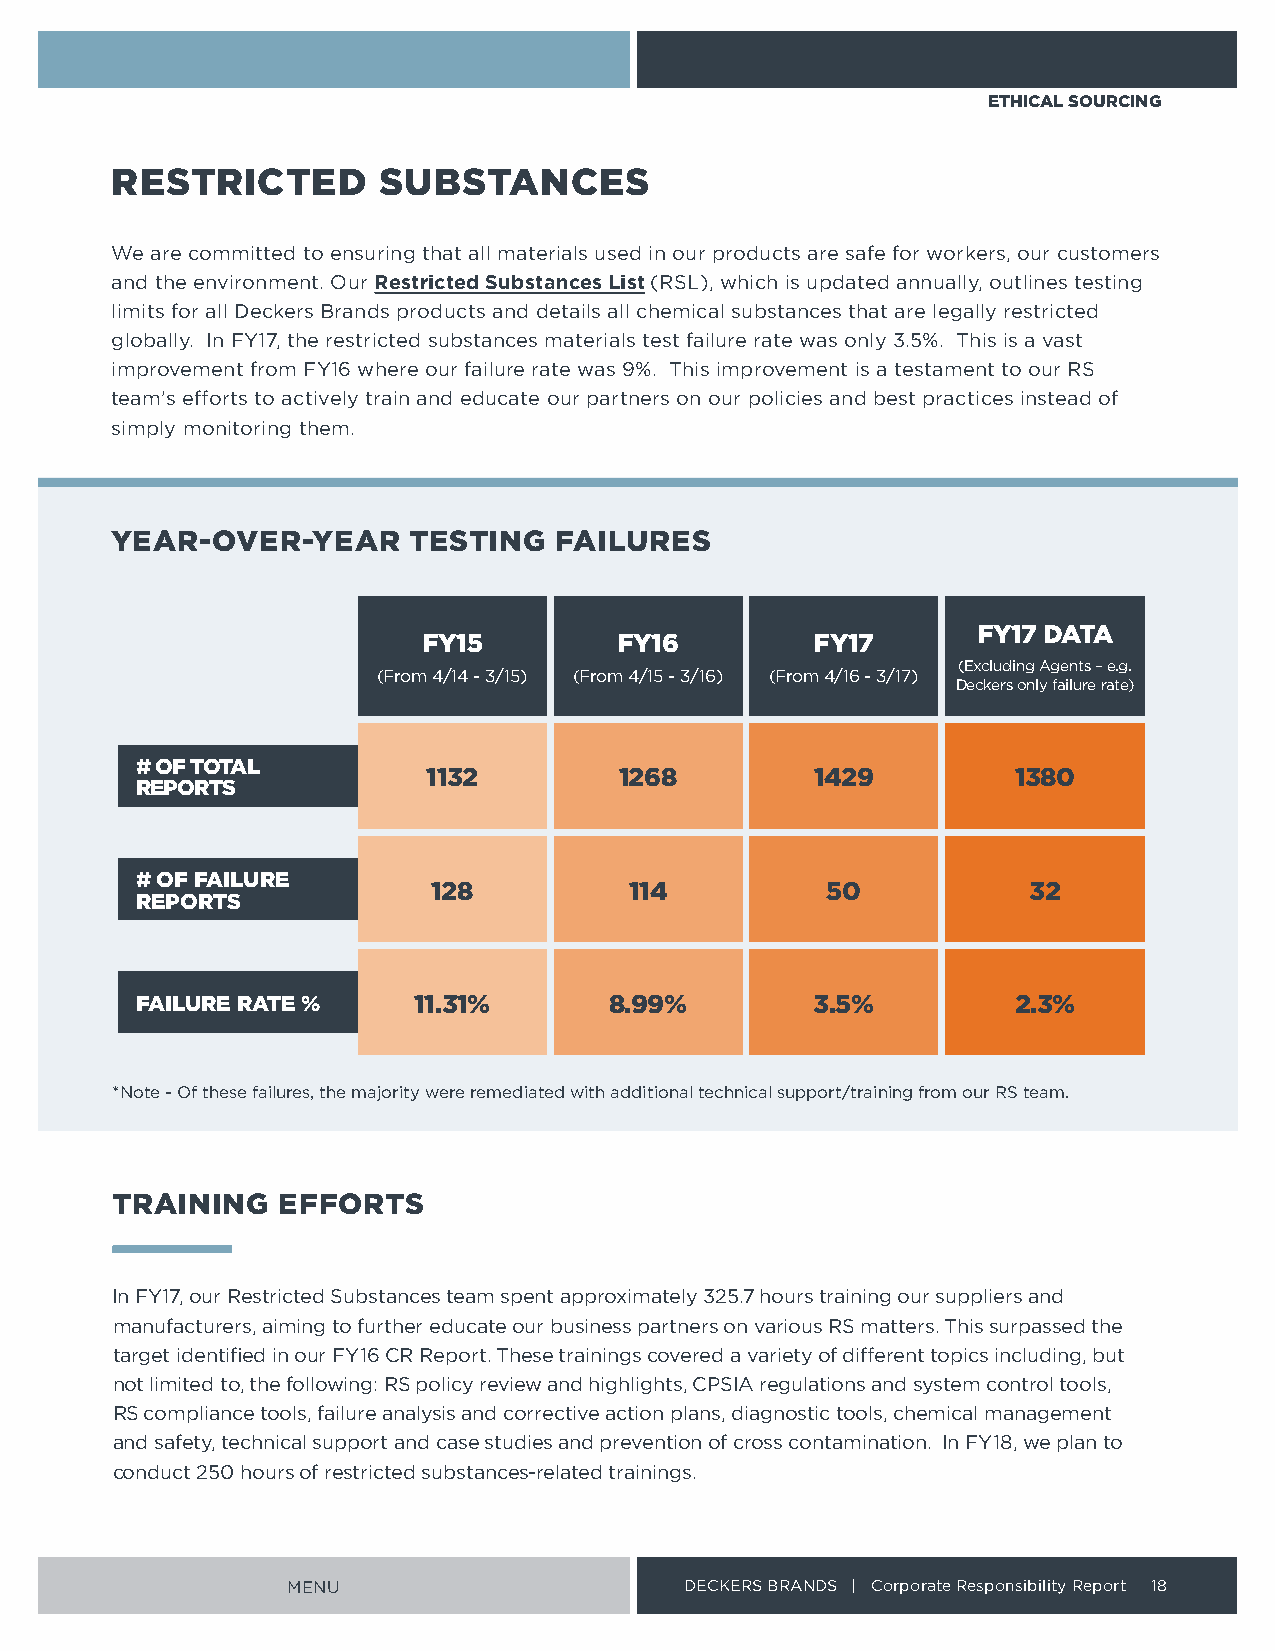
ETHICAL SOURCING
 RESTRICTED        SUBSTANCES
 We are committed to ensuring that all materials used in our products are safe for workers, our customers
 and the environment Our Restricted Substances List (RSL), which is updated annually, outlines testing
 limits for all Deckers Brands products and details all chemical substances that are legally restricted
 globally In FY17, the restricted substances materials test failure rate was only 3 5% This is a vast
 improvement from FY16 where our failure rate was 9% This improvement is a testament to our RS
 team’s efforts to actively train and educate our partners on our policies and best practices instead of
 simply monitoring them
 YEAR-OVER-YEAR      TESTING   FAILURES
 FY17 DATA
 FY15         FY16         FY17
 (Excluding Agents – e g
 (From 4/14 - 3/15) (From 4/15 - 3/16) (From 4/16 - 3/17)
 Deckers only failure rate)
 # OF TOTAL
 1132         1268         1429         1380
 REPORTS
 # OF FAILURE
 128          114          50           32
 REPORTS
 FAILURE RATE %    11 .31%      8 .99%        3 .5%        2 .3%
 *Note - Of these failures, the majority were remediated with additional technical support/training from our RS team
 TRAINING   EFFORTS
 In FY17, our Restricted Substances team spent approximately 325 7 hours training our suppliers and
 manufacturers, aiming to further educate our business partners on various RS matters This surpassed the
 target identified in our FY16 CR Report These trainings covered a variety of different topics including, but
 not limited to, the following: RS policy review and highlights, CPSIA regulations and system control tools,
 RS compliance tools, failure analysis and corrective action plans, diagnostic tools, chemical management
 and safety, technical support and case studies and prevention of cross contamination In FY18, we plan to
 conduct 250 hours of restricted substances-related trainings
 MENU                      DECKERS BRANDS | Corporate Responsibility Report 18